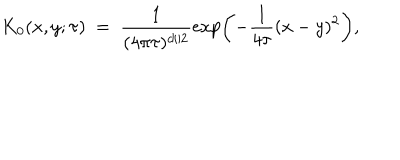
LaTeX: K _ { 0 } ( x , y ; \tau ) \ = \ \frac { 1 } { ( 4 \pi \tau ) ^ { d / 2 } } \exp \left( - \frac { 1 } { 4 \tau } ( x - y ) ^ { 2 } \right) ,